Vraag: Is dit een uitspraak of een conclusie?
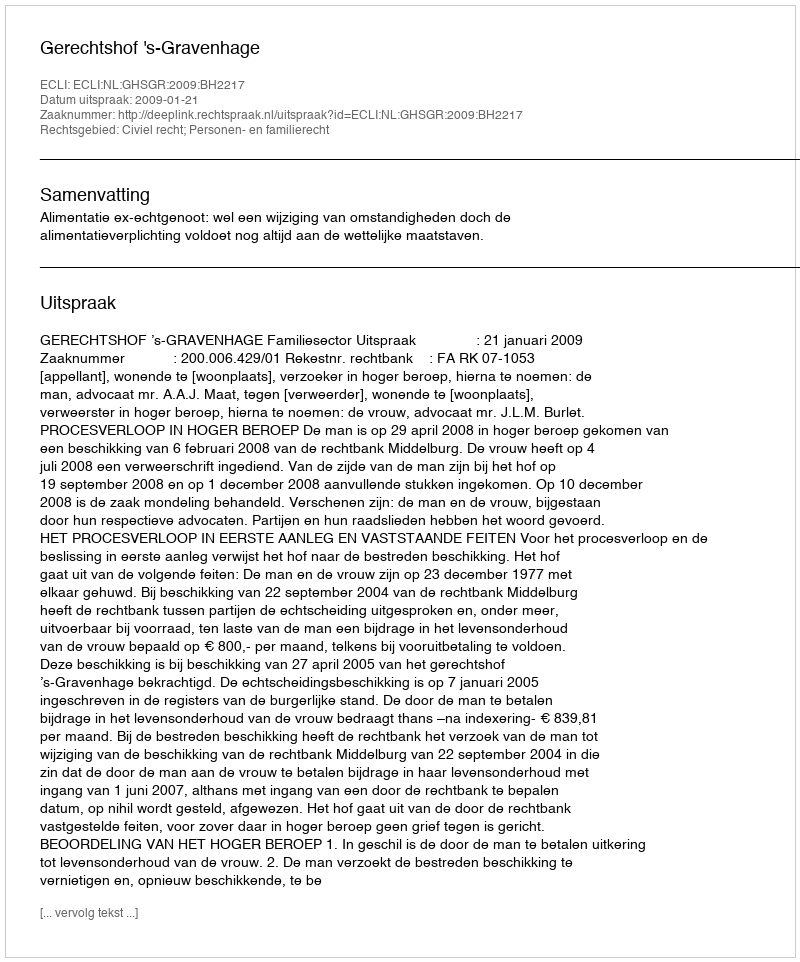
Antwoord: Uitspraak